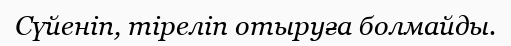
Сүйеніп, тіреліп отыруға болмайды.